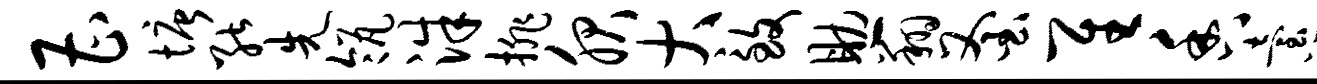
曹塘能先瓴洙排服大致助翔釜隹香怠